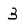
Character: 3